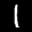
Label: 1